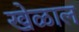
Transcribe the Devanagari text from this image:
खेळाल